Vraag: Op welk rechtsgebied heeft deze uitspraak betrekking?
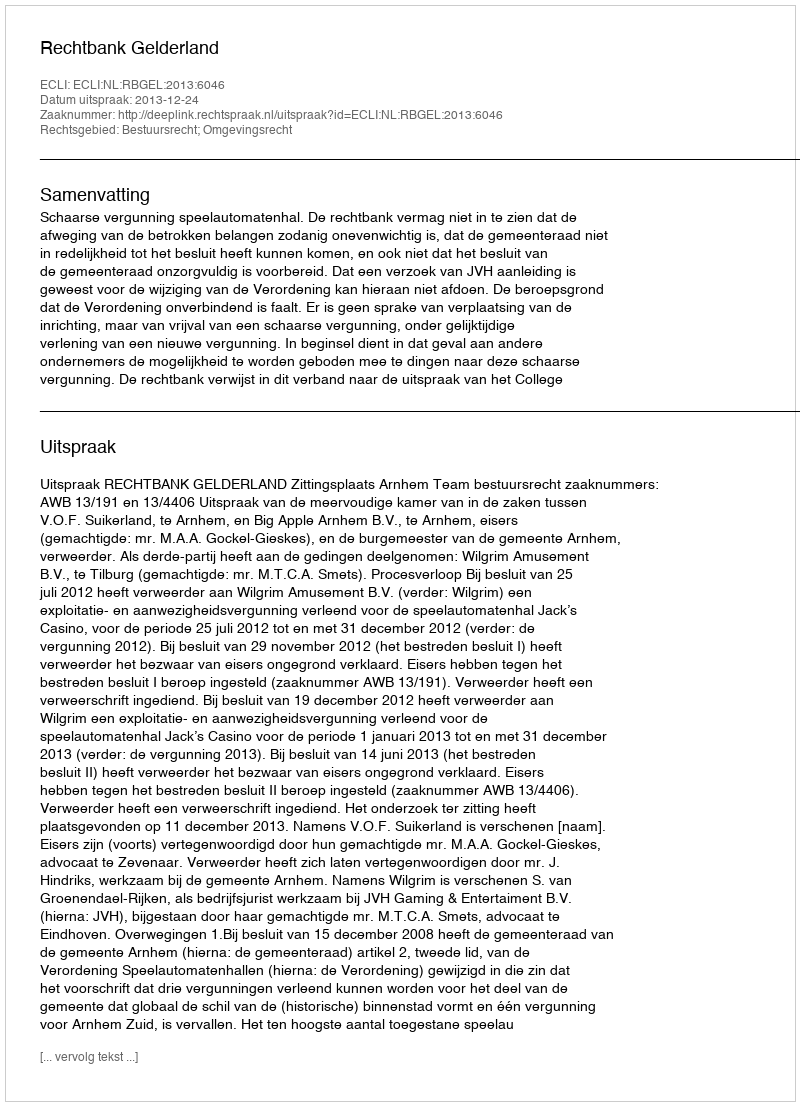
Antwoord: Bestuursrecht; Omgevingsrecht